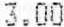
3.00